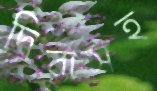
দিবাসহ